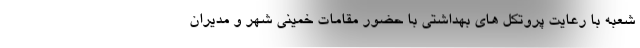
شعبه با رعایت پروتکل های بهداشتی با حضور مقامات خمینی شهر و مدیران